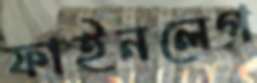
ফাইনলেগ